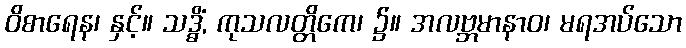
ဝိစာရေန၊ နှင့်။ သဒ္ဓိံ, ကုသလတ္တိကေ၊ ၌။ အလဗ္ဘမာနာဝ၊ မရအပ်သော